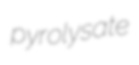
pyrolysate